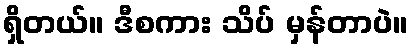
ရှိတယ်။ ဒီစကား သိပ် မှန်တာပဲ။